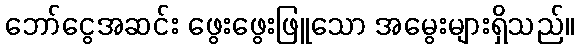
ဘော်ငွေအဆင်း ဖွေးဖွေးဖြူသော အမွေးများရှိသည်။